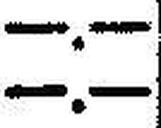
—.—